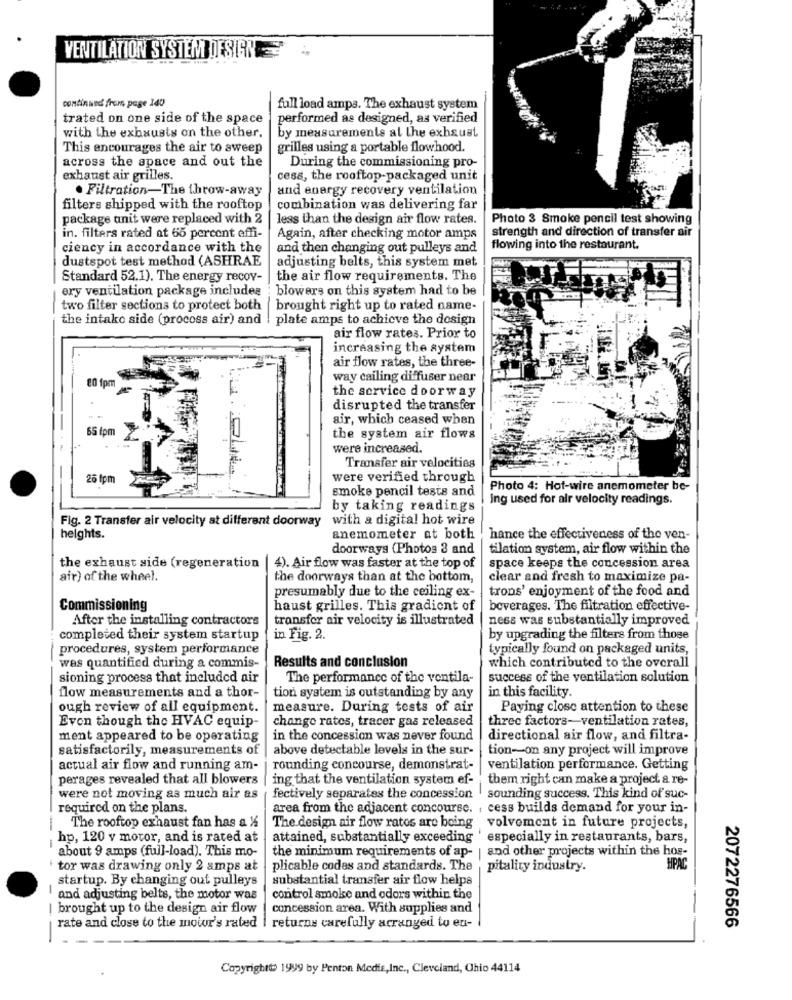
VENTILATION SYSTEM DESIGN = -
continued from page 140
full load amps. The exhaust system
trated on one side of the space
performed as designed, as verified
with the exhausts on the other.
by measurements al the exhaust
This encourages the air to sweep
grilles using a portable flowhood.
across the space and out the
During the commissioning pro-
exhaust air grilles.
cess, the rooftop-packaged unit
. Filtration-The throw-away
and energy recovery ventilation
filters shipped with the rooftop
combination was delivering far
package unit were replaced with 2
less than the design air flow rates.
Photo 3 Smoke pencil test showing
strength and direction of transfer air
in. filters rated at 65 percent effi-
Again, after checking motor amps
ciency in accordance with the
and then changing out pulleys and
flowing into the restaurant.
dustspot test method (ASHRAE
adjusting belts, this system met
Standard 52.1). The energy recov-
the air flow requirements. The
ery ventilation package includes
blowers on this system had to be
two filter sections to protect both brought right up to rated name-
the intako side (procoss air) and | plate amps to achieve the design
air flow rates. Prior to
increasing the system
air flow rates, the three-
way cailing diffuser near
001
the service doorway
disrupted the transfer
air, which ceased when
65 tom
the system air flows
were increased.
Transfer air velocities
25 1pm
were verified through
smoke pencil tests and
Photo 4: Hot-wire anemometer be-
ing used for alr velocity readings.
by taking readings
Fig. 2 Transfer air velocity at different doorway with a digital hot wire
heights.
anemometer at both
hance the effectiveness of the ven-
doorways (Photos 3 and
tilation system, air flow within the
the exhaust side (regeneration
4). Air flow was faster at the top of
space keeps the concession area
air) of the wheel.
the doorways than at the bottom,
clear and fresh to maximize pa-
trons' enjoyment of the food and
presumably due to the ceiling ex-
Commissioning
haust grilles. This gradient of
beverages. The filtration effective-
After the installing contractors
transfer air velocity is illustrated
ness was substantially improved
completed their system startup
in Fig. 2.
by upgrading the filters from those
procedures, system performance
typically found on packaged units,
Results and conclusion
was quantified during a commis-
which contributed to the overall
sioning process that included air
The performance of the ventila-
success of the ventilation solution
in this facility.
flow measurements and a thor-
tion system is outstanding by any
ough review of all equipment.
measure. During tests of air
Paying close attention to these
Even though the HVAC equip-
change rates, tracer gas released
three factors-ventilation rates,
ment appeared to be operating
in the concession was never found
directional air flow, and filtra-
satisfactorily, measurements of
above detectable levels in the sur-
tion-on any project will improve
actual air flow and running am-
rounding concourse, demonstrat-
ventilation performance. Getting
perages revealed that all blowers
ing that the ventilation system ef-
them right can make a project a re-
were not moving as much air as
fectively separates the concession | sounding success. This kind of suc-
required on the plans.
area from the adjacent concoursc. , cess builds demand for your in-
-
The rooftop exhaust fan has a 14
The design air flow ratos are being volvoment in future projects,
hp, 120 v motor, and is rated at
attained, substantially exceeding ' especially in restaurants, bars,
about 9 amps (full-load). This mo-
the minimum requirements of ap-
| and other projects within the hos-
tor was drawing only 2 amps at
plicable codes and standards. The
pitality industry.
HPAC
startup. By changing out pulleys
substantial transfer air flow helps
and adjusting belts, the motor was
control smoke and odors within the
I brought up to the design air flow
concession area. With supplies and
2072276566
rate and close to the motor's rated | returns carefully acranged to eu-
--
Copyright 1999 by Penton Medis,Inc ., Cleveland, Ohio 44114